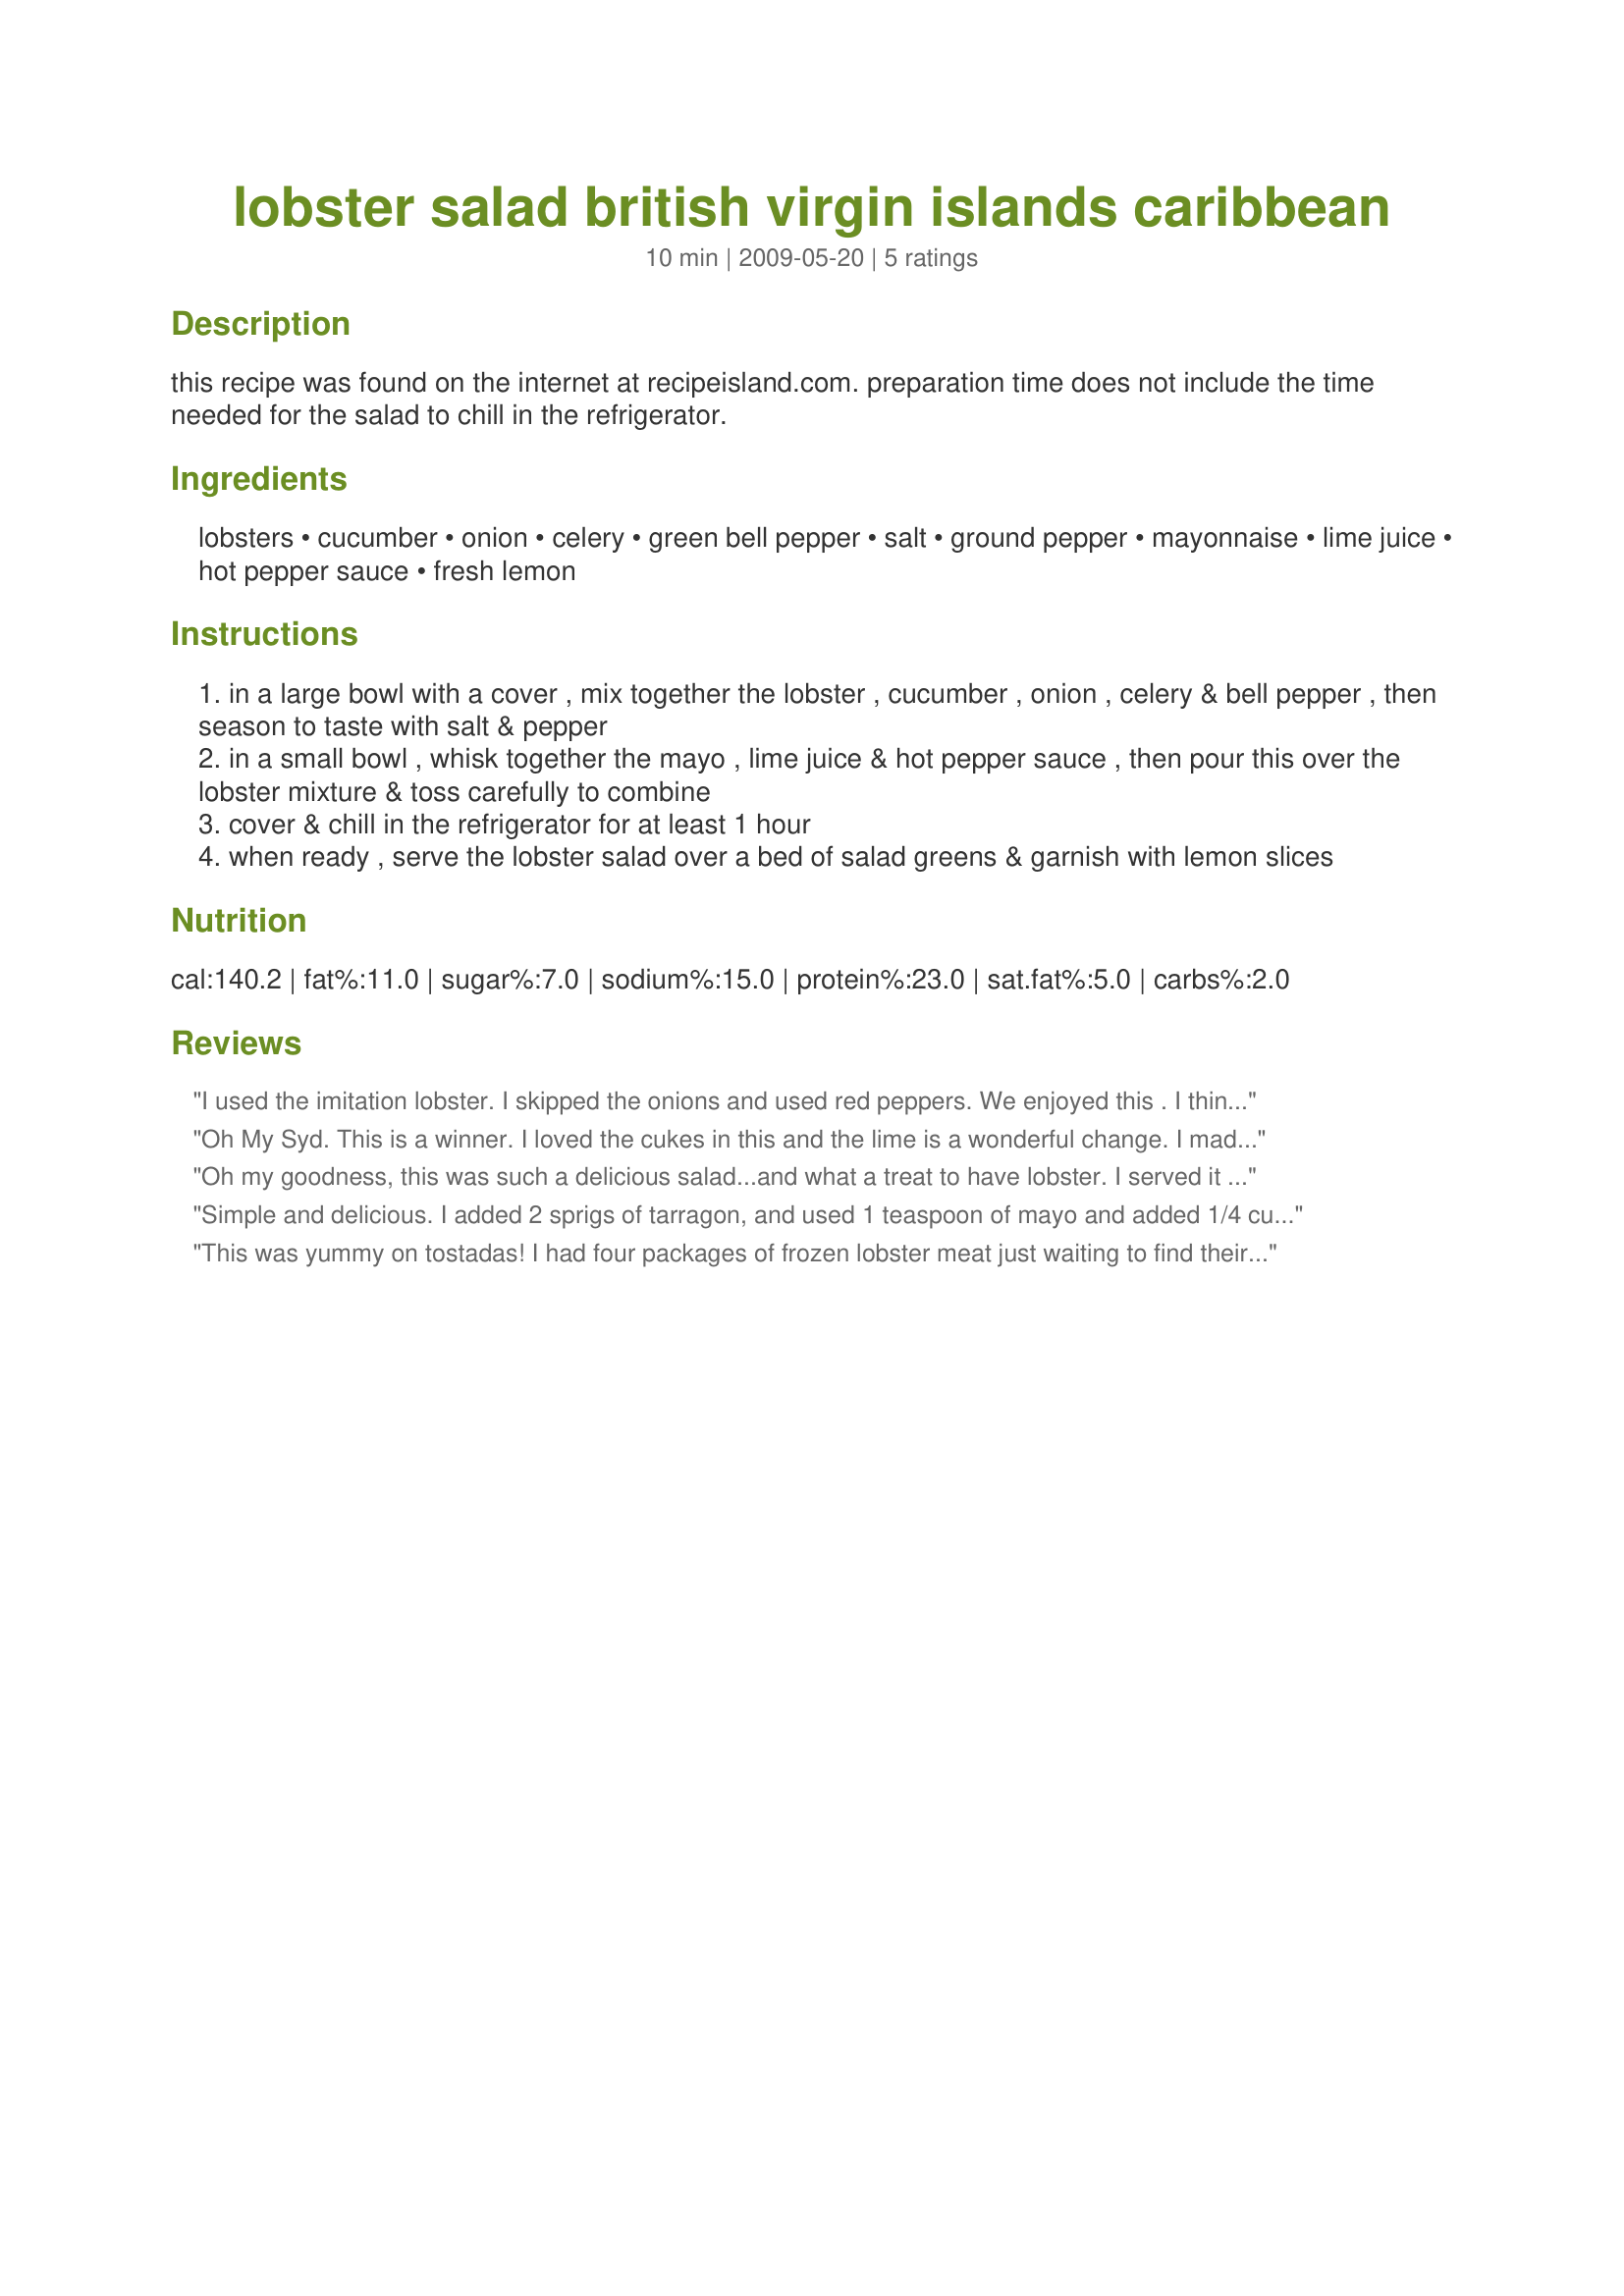
lobster salad british virgin islands caribbean
Preparation time: 10 minutes

this recipe was found on the internet at recipeisland.com. preparation time does not include the time needed for the salad to chill in the refrigerator.

Ingredients:
lobsters, cucumber, onion, celery, green bell pepper, salt, ground pepper, mayonnaise, lime juice, hot pepper sauce, fresh lemon

Steps:
in a large bowl with a cover , mix together the lobster , cucumber , onion , celery & bell pepper , then season to taste with salt & pepper
in a small bowl , whisk together the mayo , lime juice & hot pepper sauce , then pour this over the lobster mixture & toss carefully to combine
cover & chill in the refrigerator for at least 1 hour
when ready , serve the lobster salad over a bed of salad greens & garnish with lemon slices

Reviews:
I used the imitation lobster.
I skipped the onions and used red peppers.
We enjoyed this . I think nest time I will cut back on the cukes just a tad I did find they overwhelmed the lobster just a bit.
Made for Gimme 5
Oh My Syd. This is a winner. I loved the cukes in this and the lime is a wonderful change. I made as is except I left out the green peppers, they don't like me so much. I used 1/2 regular mayo and 1/2 light mayo to reduce the fat a little. I think you could make this will all light mayo and it would still taste good and creamy. Served for dinner with some crackers. I think next time I might throw in some cooked pasta and see how that turns out too. Thanks for posting.
Oh my goodness, this was such a delicious salad...and what a treat to have lobster. I served it with a chilled bottle of champagne, and it was a very pleasant meal. I will definitely make this again, and I will not change a thing. It is excellent. Thanks, Syd. Made for "Please Review My Recipe" tag game.
Simple and delicious. I added 2 sprigs of tarragon, and used 1 teaspoon of mayo and added 1/4 cup of olive oil to make it healthier.
This was yummy on tostadas! I had four packages of frozen lobster meat just waiting to find their purpose, and this was it. I used a diced jalapeno in place of the green bell pepper because I don't like green bell pepper, and I used two packets of True Lime instead of juice in the dressing because I was fresh out of limes. Because DH is such a chile-head, my parents are always gifting us with random bottles of hot sauce, so I happened to have a little bottle of Jamaican Pickapeppa Hot Red Pepper Sauce hanging out in the pantry -- perfect for my Caribbean lobster salad! DH, of course, added quite a bit more of it to his own serving, because two dashes just wasn't enough for him lol. We really liked the cuke in this -- we enjoy all sorts of seafood salads year-round, but the cucumber was the thing that made this salad really different for us. We'll definitely be enjoying this again sometime. Thanks for posting! Please excuse the odd yellow tinge to the posted photo, apparently the lighting in my kitchen at night is atrocious for photography. Made for ZWT5 Caribbean.
